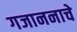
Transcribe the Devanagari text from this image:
गजाननाचे